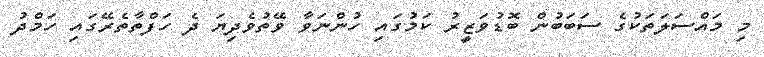
މި މައްސަލަތަކުގެ ސަބަބުން ބޮޑުވަޒީރު ކަމުގައި ހުންނަވާ ވޭތުވެދިޔަ ދެ ހަފްތާތެރޭގައި ހަމްދު